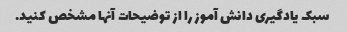
سبک یادگیری دانش آموز را از توضیحات آنها مشخص کنید.